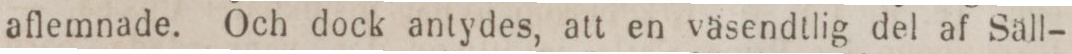
aflemnade. Och dock antydes, att en väsendtlig del af Sall-